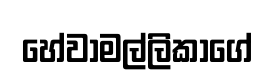
හේවාමල්ලිකාගේ